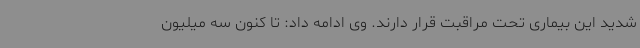
شدید این بیماری تحت مراقبت قرار دارند. وی ادامه داد: تا کنون سه میلیون